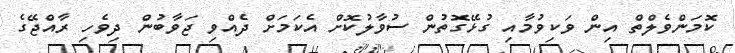
ކޮމަންވެލްތް އިން ވަކިވުމާއި ގުޅޭގޮތުން ސުވާލުކޮށް އެކަމަށް ދެއްވި ޖަވާބުން ދިވެހި ރާއްޖޭގެ